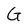
Character: G